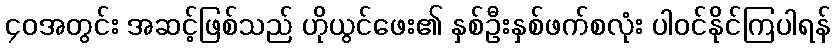
၄၀အတွင်း အဆင့်ဖြစ်သည် ဟိုယွင်ဖေး၏ နှစ်ဦးနှစ်ဖက်စလုံး ပါဝင်နိုင်ကြပါရန်